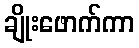
ချိုးဖောက်ကာ